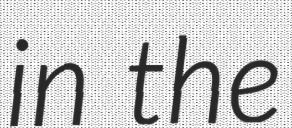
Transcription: in the